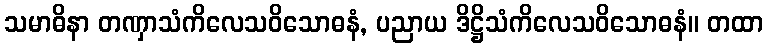
သမာဓိနာ တဏှာသံကိလေသဝိသောဓနံ, ပညာယ ဒိဋ္ဌိသံကိလေသဝိသောဓနံ။ တထာ